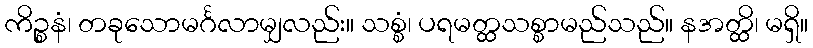
ကိဉ္စနံ၊ တခုသောမင်္ဂလာမျှလည်း။ သစ္စံ၊ ပရမတ္ထသစ္စာမည်သည်။ နအတ္ထိ၊ မရှိ။